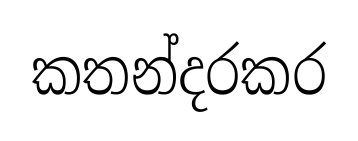
කතන්දරකර